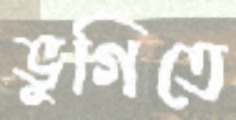
ভুগিতে